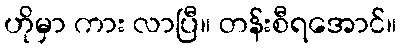
ဟိုမှာ ကား လာပြီ။ တန်းစီရအောင်။